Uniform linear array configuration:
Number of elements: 8
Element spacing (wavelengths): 0.25
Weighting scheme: uniform
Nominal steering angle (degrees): -60
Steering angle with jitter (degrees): -61.331
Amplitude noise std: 0.05
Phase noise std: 0.05

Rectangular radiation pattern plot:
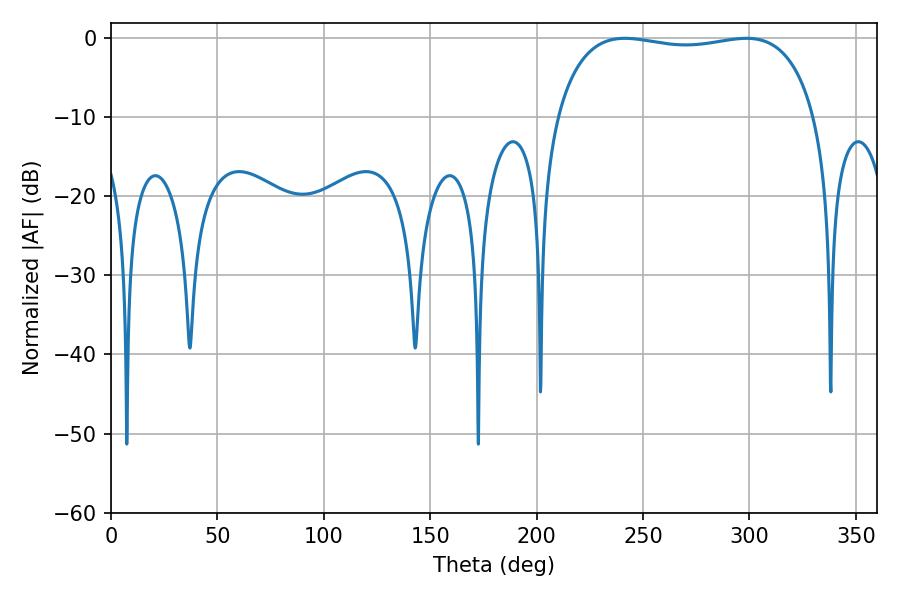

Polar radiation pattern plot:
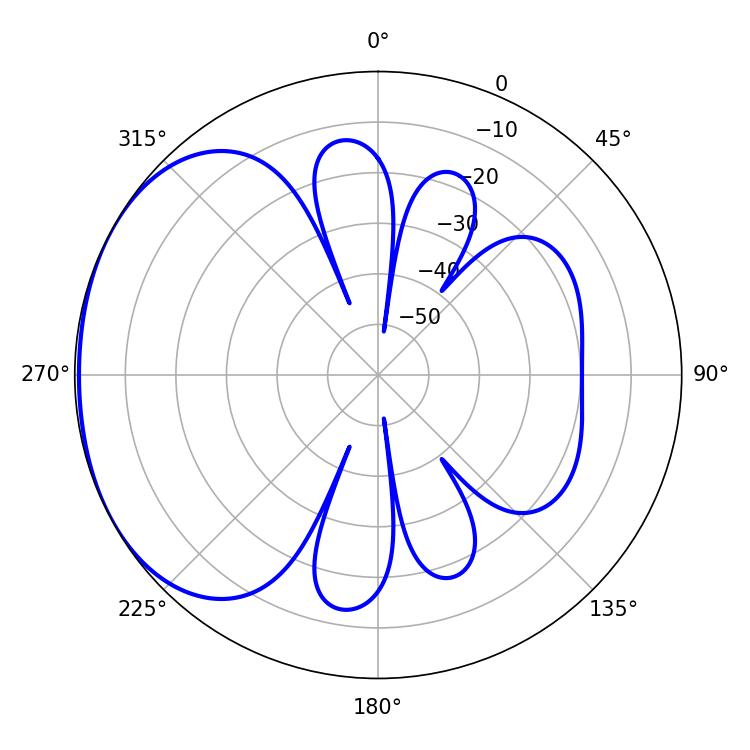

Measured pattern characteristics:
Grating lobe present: FALSE
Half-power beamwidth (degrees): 98.28
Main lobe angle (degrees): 241.38